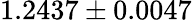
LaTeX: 1.2437\pm 0.0047